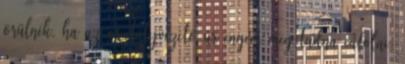
örülnék, ha az osztályvezető úr engem meg tudna cáfolni.